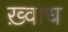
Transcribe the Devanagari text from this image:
ख़्वाध